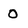
Character: 0